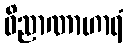
ဝိညာဏာဟာရံ